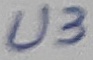
Text: U3